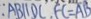
: A B / / D C , F C = A B